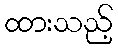
ထားသည့်